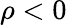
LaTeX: \rho<0